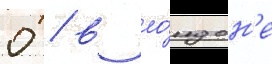
0 / в ло́ндон'е